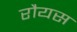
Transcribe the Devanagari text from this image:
रौयस